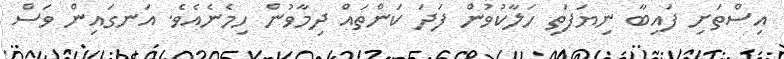
އިސްތަށި ފައިބާ ނިޔަފަތި ހަލާކުވުން ފަދަ ކަންތައް ދިމާވުން ހިމެނެއެވެ. އަނގައިން ވަސް